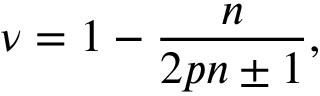
\nu = 1 - { \frac { n } { 2 p n \pm 1 } } ,